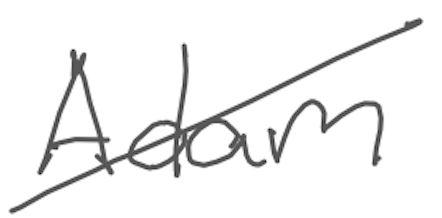
Text: Adam
Cross-out: diagonal
Writing tool: digital_gray